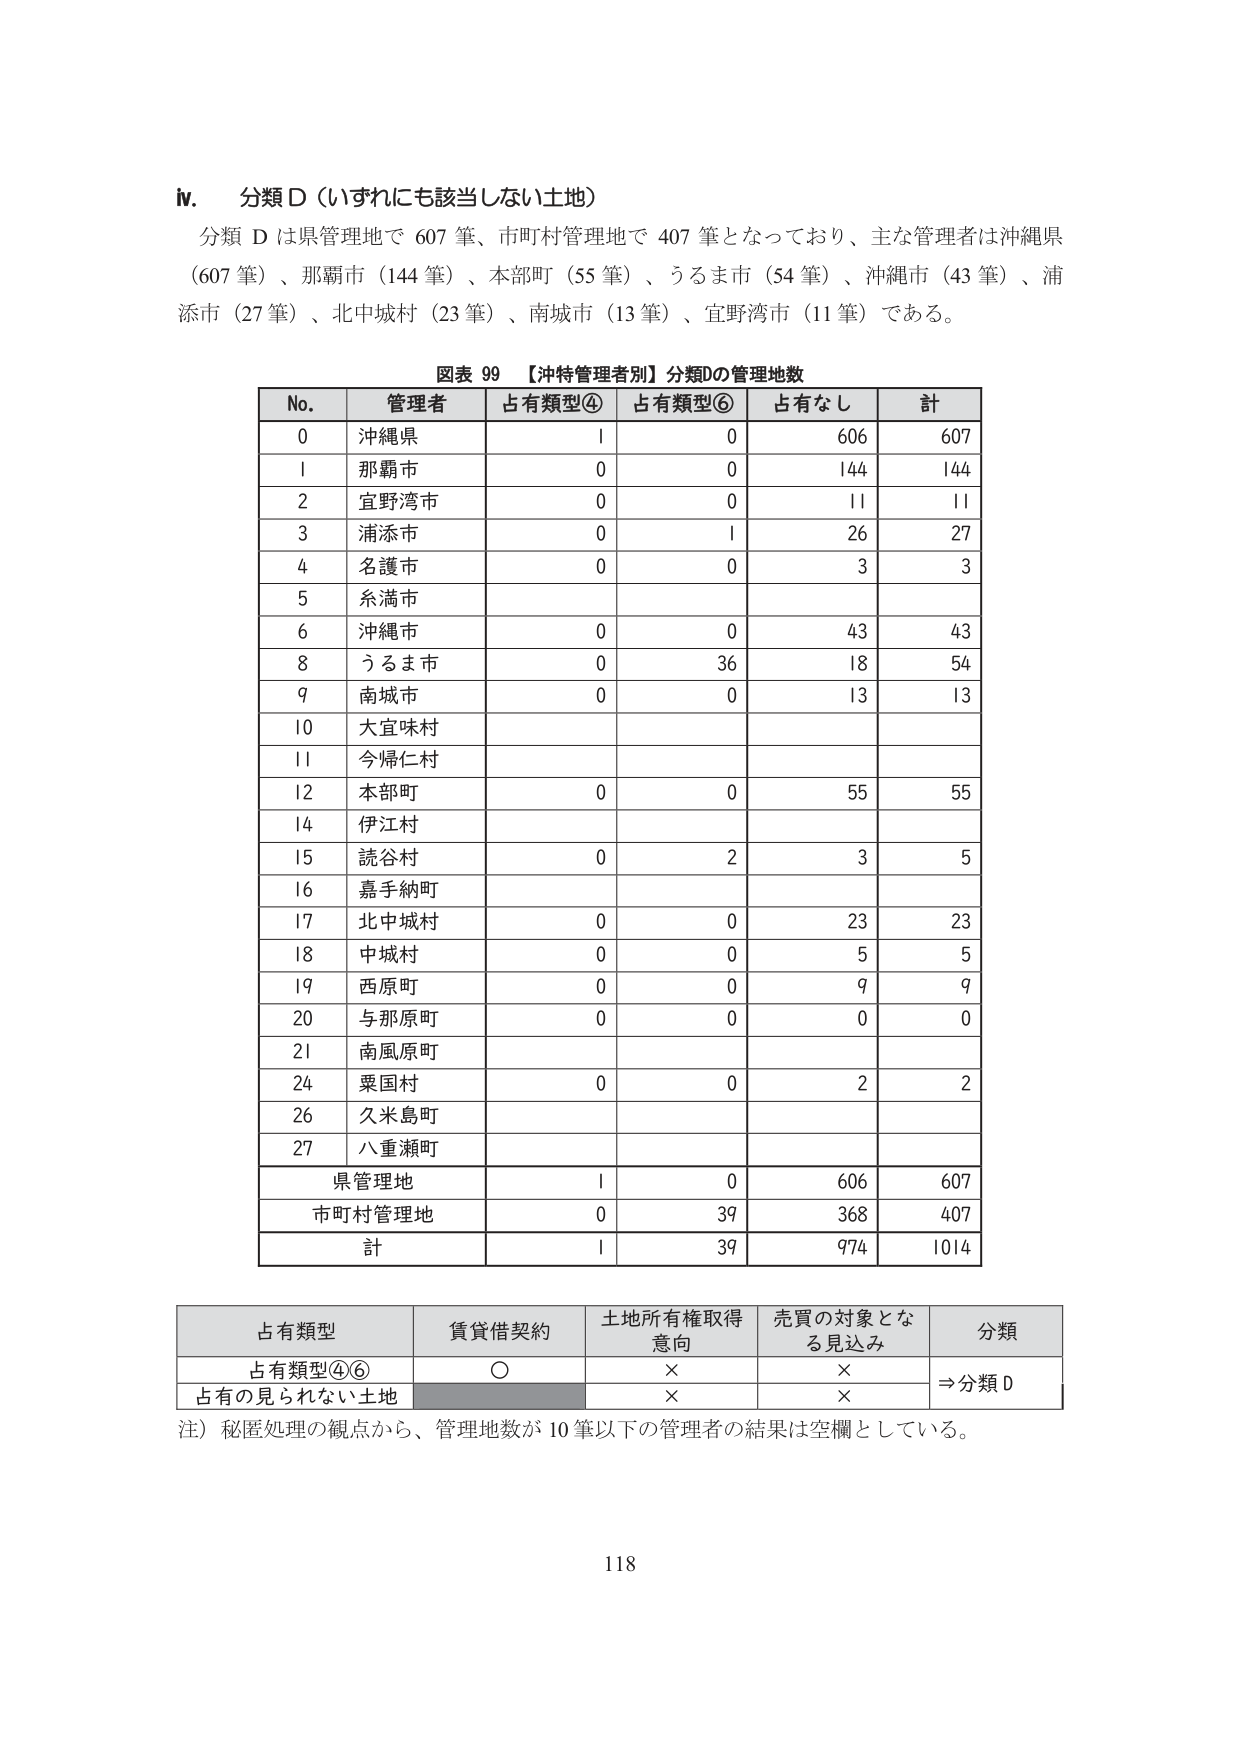
ⅳ．分類Ｄ（いずれにも該当しない土地）
分類Ｄは県管理地で607筆、市町村管理地で407筆となっており、主な管理者は沖縄県（607筆）、那覇市（144筆）、本部町（55筆）、うるま市（54筆）、沖縄市（43筆）、浦添市（27筆）、北中城村（23筆）、南城市（13筆）、宜野湾市（11筆）である。

図表 99 【沖特管理者別】分類Dの管理地数
No. 管理者 占有類型④ 占有類型⑥ 占有なし 計
0 沖縄県 1 0 606 607
1 那覇市 0 0 144 144
2 宜野湾市 0 0 11 11
3 浦添市 0 1 26 27
4 名護市 0 0 3 3
5 糸満市
6 沖縄市 0 0 43 43
8 うるま市 0 36 18 54
9 南城市 0 0 13 13
10 大宜味村
11 今帰仁村
12 本部町 0 0 55 55
14 伊江村
15 読谷村 0 2 3 5
16 嘉手納町
17 北中城村 0 0 23 23
18 中城村 0 0 5 5
19 西原町 0 0 9 9
20 与那原町 0 0 0 0
21 南風原町
24 粟国村 0 0 2 2
26 久米島町
27 八重瀬町
県管理地 1 0 606 607
市町村管理地 0 39 368 407
計 1 39 974 1014

占有類型 賃貸借契約 土地所有権取得意向 売買の対象となる見込み 分類
占有類型④⑥ ○ × × ⇒分類Ｄ
占有の見られない土地 × ×

注）秘匿処理の観点から、管理地数が10筆以下の管理者の結果は空欄としている。

118